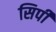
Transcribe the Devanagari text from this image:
सिर्पी